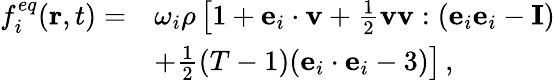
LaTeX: \begin{array}{rl}{f_{i}^{eq}(\mathbf{r},t)=}&{\omega_{i}\rho\left[1+\mathbf{e}_{i}\cdot\mathbf{v}+\frac{1}{2}\mathbf{v}\mathbf{v}:(\mathbf{e}_{i}\mathbf{e}_{i}-\mathbf{I})\right.}\\ &{\left.+\frac{1}{2}(T-1)(\mathbf{e}_{i}\cdot\mathbf{e}_{i}-3)\right]\, ,}\end{array}